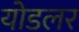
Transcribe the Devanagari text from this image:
योडलर